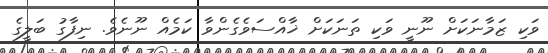
ވަކި ޒަމާނަކަށް ނޫނީ ވަކި ތަނަކަށް ޚާއްސަވެގެންވާ ކަމެއް ނޫނެވެ. ނިފާގު ބަލީގެ